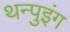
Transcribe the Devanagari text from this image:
थन्पुइंग